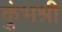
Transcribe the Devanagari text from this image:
कुंभश्री